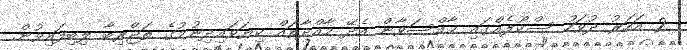
2 އަހަރު ދުވަހު ސްކޫލެއްގައި ޙާއްސަވާން އެދޭ މާއްދާތައް ކިޔަވައިދިނުމުގެ ތަޖްރިބާ ލިބިފައިވުން.